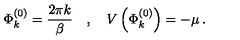
\Phi _ { k } ^ { ( 0 ) } = \frac { 2 \pi k } { \beta } \quad , \quad V \left( \Phi _ { k } ^ { ( 0 ) } \right) = - \mu \: .